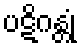
ပဋိဂန္တုံ